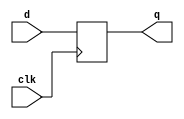
module top_modul(
    input clk,    // Clocks are used in sequential circuits
    input d,
    output reg q 
);

    always@(posedge clk)
        q<=d;

endmodule